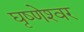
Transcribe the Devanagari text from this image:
घृष्‍णेश्‍वर